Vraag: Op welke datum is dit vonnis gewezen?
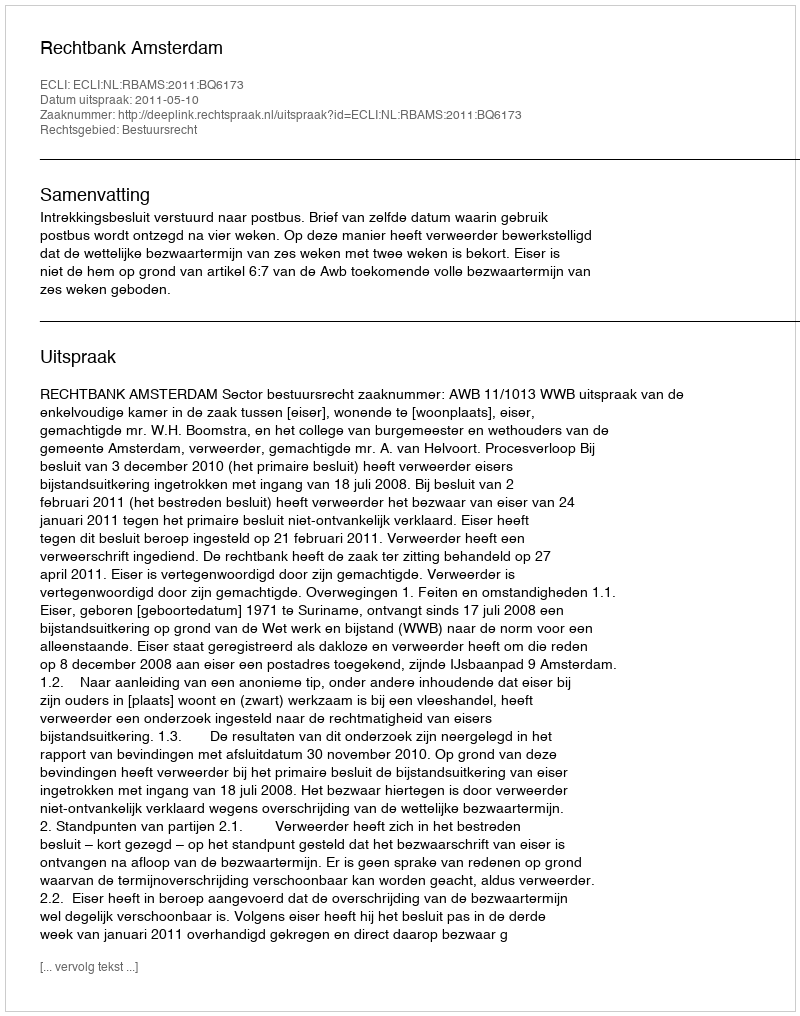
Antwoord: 2011-05-10